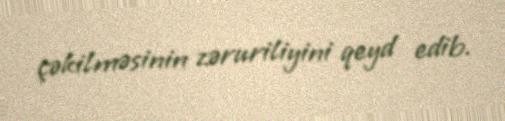
çəkilməsinin zəruriliyini qeyd edib.